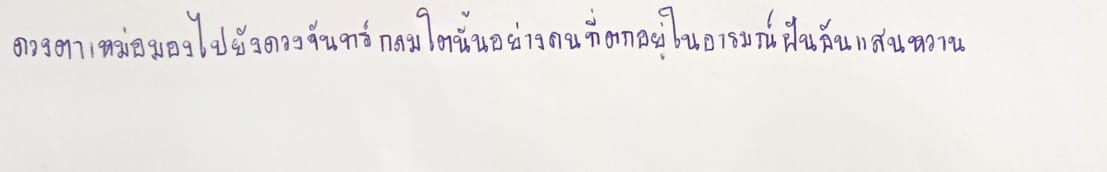
ดวงตาเหม่อมองไปยังดวงจันทร์กลมโตนั้นอย่างคนที่ตกอยู่ในอารมณ์ฝันอันแสนหวาน